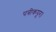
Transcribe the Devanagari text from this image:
पत्रीकपूर।